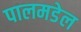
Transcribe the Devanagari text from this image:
पालमडेल